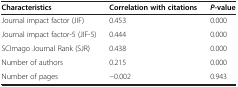
<table><thead><tr><td><b>Characteristics</b></td><td><b>Correlation with citations</b></td><td><b><i>P</i>-value</b></td></tr></thead><tbody><tr><td>Journal impact factor (JIF)</td><td>0.453</td><td>0.000</td></tr><tr><td>Journal impact factor-5 (JIF-5)</td><td>0.444</td><td>0.000</td></tr><tr><td>SCImago Journal Rank (SJR)</td><td>0.438</td><td>0.000</td></tr><tr><td>Number of authors</td><td>0.215</td><td>0.000</td></tr><tr><td>Number of pages</td><td>−0.002</td><td>0.943</td></tr></tbody></table>